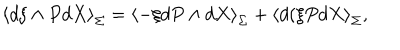
LaTeX: \left\langle d \xi \wedge P d X \right\rangle _ { \Sigma } = \left\langle - \xi d P \wedge d X \right\rangle _ { \Sigma } + \left\langle d ( \xi P d X \right\rangle _ { \Sigma } , \nonumber